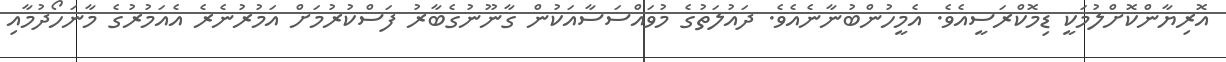
އޮރިޔާންކޮށްލުމަކީ ޑިމޮކްރަސީއެވެ. އެމީހުންބުނާނެއެވެ. ދައުލަތުގެ މުވައްސަސާއަކުން ގާނޫނުގެބާރު ފަސްކުރުމަށް އަމުރުނެރެ އެއަމުރުގެ މާނަހޯދުމާއި